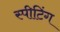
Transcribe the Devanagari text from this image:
स्पीटिंग